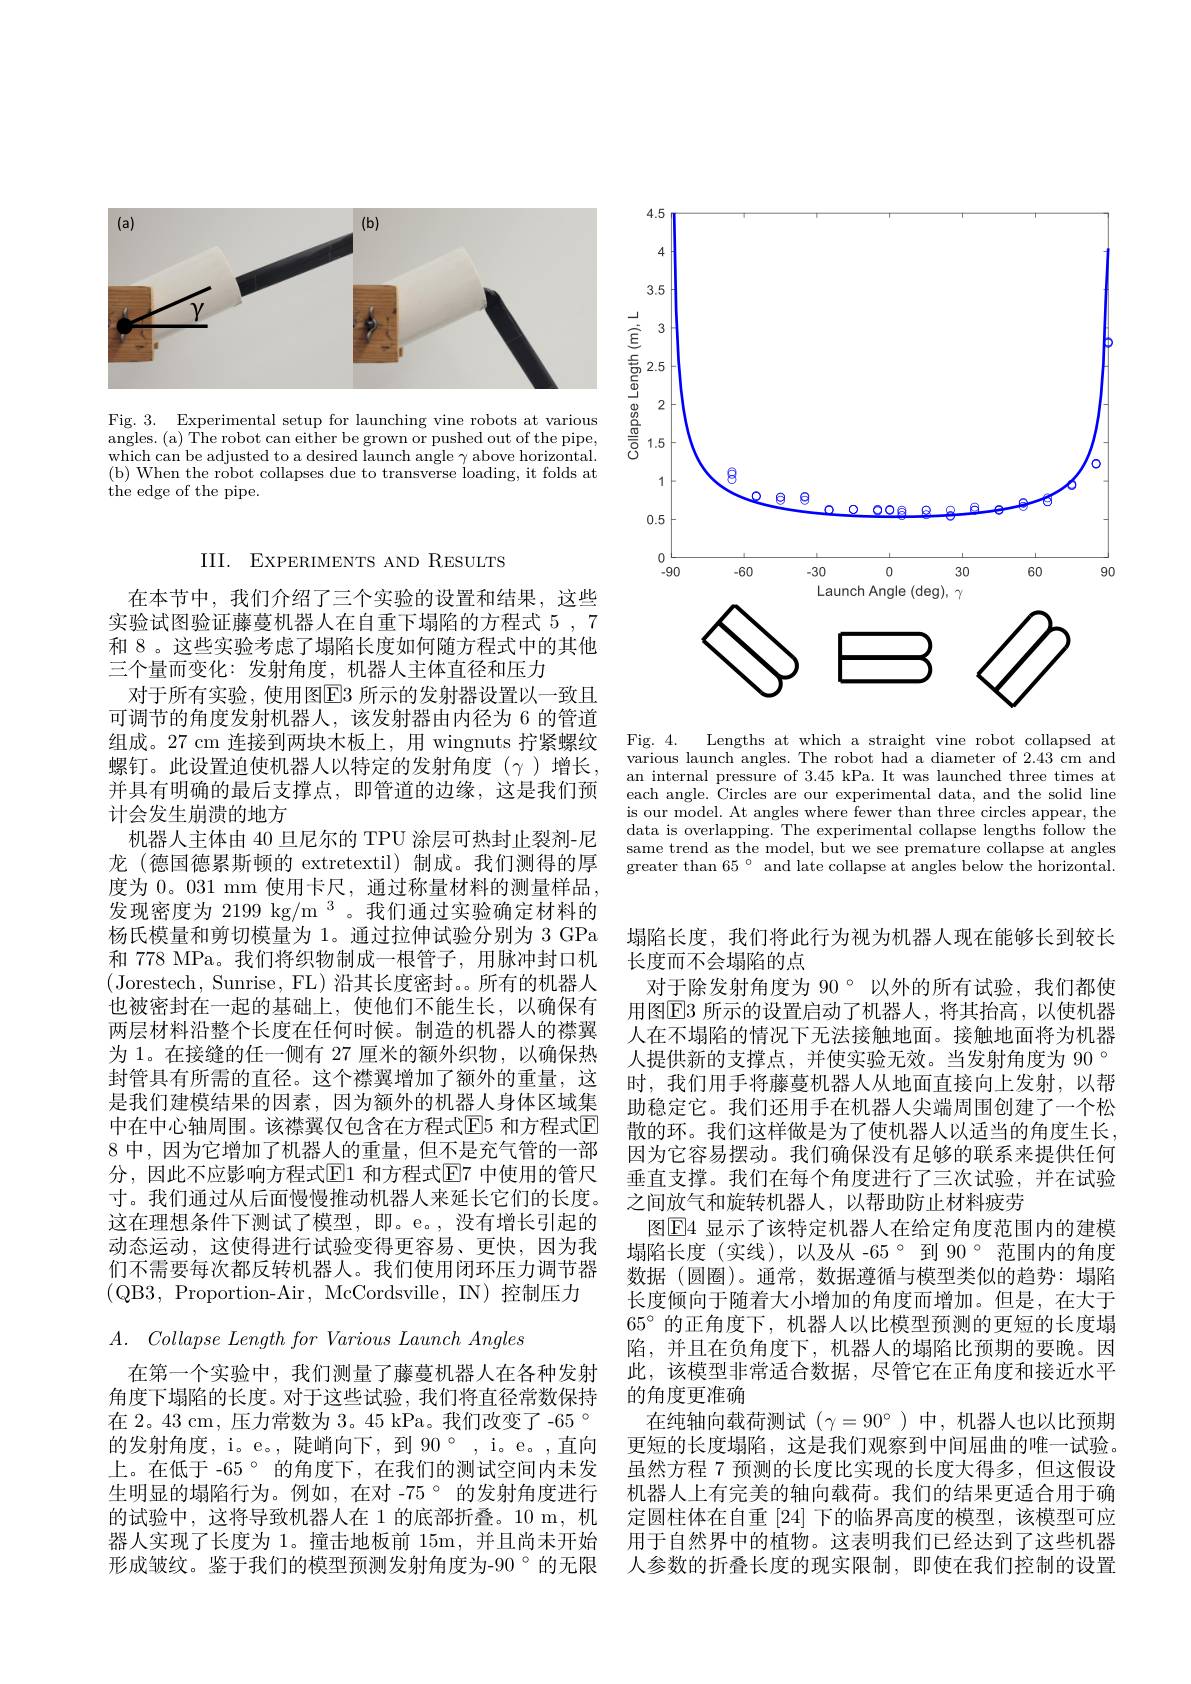
<FigureHere>

Fig. 3. Experimental setup for launching vine robots at various angles.(a) The robot can either be grown or pushed out of the pipe, which can be adjusted to a desired launch angle $\gamma$ above horizontal. (b) When the robot collapses due to transverse loading, it folds at the edge of the pipe.

<FigureHere>
Fig. 4. Lengths at which a straight vine robot collapsed at

various launch angles. The robot had a diameter of 2.43 cm and an internal pressure of 3.45 kPa. It was launched three times at each angle. Circles are our experimental data, and the solid line is our model. At angles where fewer than three circles appear, the data is overlapping. The experimental collapse lengths follow the same trend as the model, but we see premature collapse at angles greater than $65°$ and late collapse at angles below the horizontal.

在第一个实验中，我们测量了藤蔓机器人在各种发射角度下塌陷的长度。对于这些试验，我们将直径常数保持在 2。43 cm, 压力常数为 3。45 kPa。我们改变了-65° 的发射角度，i。e。, 陡峭向下，到 90°, i。e。,直向上。在低于 -65° 的角度下，在我们的测试空间内未发生明显的塌陷行为。例如，在对 -75° 的发射角度进行的试验中，这将导致机器人在 1 的底部折叠。10 m, 机器人实现了长度为 1。撞击地板前 15m, 并且尚未开始形成皱纹。鉴于我们的模型预测发射角度为-90°的无限

III. EXPERIMENTS AND RESULTS

在本节中，我们介绍了三个实验的设置和结果，这些实验试图验证藤蔓机器人在自重下塌陷的方程式 5 , 7和 8。这些实验考虑了塌陷长度如何随方程式中的其他三个量而变化：发射角度，机器人主体直径和压力
对于所有实验，使用图$\boxed{\mathrm{E}}3$ 所示的发射器设置以一致且可调节的角度发射机器人，该发射器由内径为 6 的管道组成。27 cm 连接到两块木板上，用 wingnuts 拧紧螺纹螺钉。此设置迫使机器人以特定的发射角度($\gamma)增长$, 并具有明确的最后支撑点，即管道的边缘，这是我们预计会发生崩溃的地方
机器人主体由 40 旦尼尔的 TPU 涂层可热封止裂剂-尼龙 (德国德累斯顿的 extretextil)制成。我们测得的厚度为 0。031 mm 使用卡尺，通过称量材料的测量样品， 发现密度为 2199 kg/m 3。我们通过实验确定材料的杨氏模量和剪切模量为 1。通过拉伸试验分别为 3 GPa 和 778 MPa。我们将织物制成一根管子，用脉冲封口机(Jorestech, Sunrise, FL) 沿其长度密封。。所有的机器人也被密封在一起的基础上，使他们不能生长，以确保有两层材料沿整个长度在任何时候。制造的机器人的襟翼为 1。在接缝的任一侧有 27 厘米的额外织物，以确保热封管具有所需的直径。这个襟翼增加了额外的重量，这是我们建模结果的因素，因为额外的机器人身体区域集中在中心轴周围。该襟翼仅包含在方程式$\overline{\mathrm{E}}$5 和方程式$\overline{\mathrm{E}}$ 8 中，因为它增加了机器人的重量，但不是充气管的一部分，因此不应影响方程式$\boxed{\mathrm{E}}1$ 和方程式$\boxed{\mathrm{E}}7$ 中使用的管尺寸。我们通过从后面慢慢推动机器人来延长它们的长度。这在理想条件下测试了模型，即。e。,没有增长引起的动态运动，这使得进行试验变得更容易、更快，因为我们不需要每次都反转机器人。我们使用闭环压力调节器(QB3, Proportion-Air, McCordsville, IN) 控制压力
$A.$ $Collapse\textit{ Length for Various Launch Angles}$

塌陷长度，我们将此行为视为机器人现在能够长到较长
长度而不会塌陷的点
对于除发射角度为 90° 以外的所有试验，我们都使用图$\overline{\mathrm{E}}$3 所示的设置启动了机器人，将其抬高，以使机器人在不塌陷的情况下无法接触地面。接触地面将为机器人提供新的支撑点，并使实验无效。当发射角度为 90 ° 时，我们用手将藤蔓机器人从地面直接向上发射，以帮助稳定它。我们还用手在机器人尖端周围创建了一个松散的环。我们这样做是为了使机器人以适当的角度生长， 因为它容易摆动。我们确保没有足够的联系来提供任何垂直支撑。我们在每个角度进行了三次试验，并在试验之间放气和旋转机器人，以帮助防止材料疲劳
图$\overline{\mathrm{E}}$4 显示了该特定机器人在给定角度范围内的建模塌陷长度 (实线),以及从 -65° 到 90° 范围内的角度数据 (圆圈)。通常，数据遵循与模型类似的趋势：塌陷长度倾向于随着大小增加的角度而增加。但是，在大于$65^{\circ}$的正角度下，机器人以比模型预测的更短的长度塌陷，并且在负角度下，机器人的塌陷比预期的要晚。因此，该模型非常适合数据，尽管它在正角度和接近水平的角度更准确
在纯轴向载荷测试($\gamma=90^\circ$)中，机器人也以比预期更短的长度塌陷，这是我们观察到中间屈曲的唯一试验。虽然方程 7 预测的长度比实现的长度大得多，但这假设机器人上有完美的轴向载荷。我们的结果更适合用于确定圆柱体在自重[24]下的临界高度的模型，该模型可应用于自然界中的植物。这表明我们已经达到了这些机器人参数的折叠长度的现实限制，即使在我们控制的设置